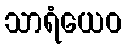
သာရံယေဝ